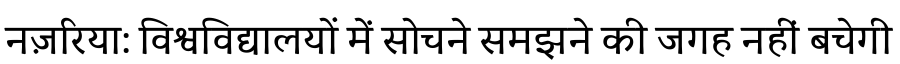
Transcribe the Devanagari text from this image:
नज़रिया: विश्वविद्यालयों में सोचने समझने की जगह नहीं बचेगी